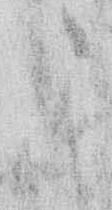
こ